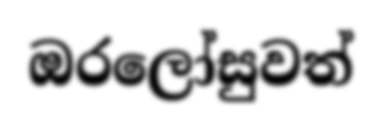
ඔරලෝසුවත්